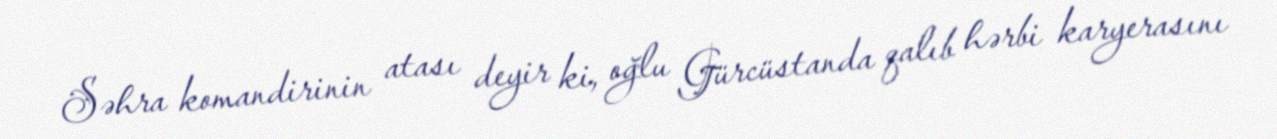
Səhra komandirinin atası deyir ki, oğlu Gürcüstanda qalıb hərbi karyerasını